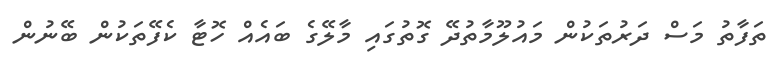
ތަފާތު މަސް ދަރުތަކުން މައުލޫމާތުދޭ ގޮތުގައި މާލޭގެ ބައެއް ހޮޓާ ކެފޭތަކުން ބޭނުން